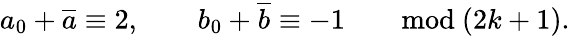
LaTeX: a_{0}+{\overline{{a}}}\equiv 2,\qquad b_{0}+{\overline{{b}}}\equiv-1\qquad\mathrm{mod}\ (2k+1).